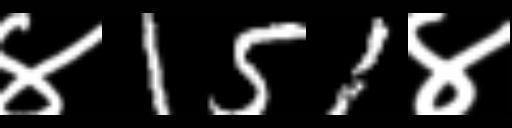
Text: ४151४